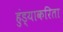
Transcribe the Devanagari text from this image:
हुंड्याकरिता